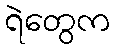
ရဲတွေက